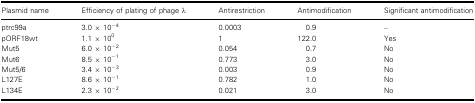
<table><thead><tr><td><b>Plasmid name</b></td><td><b>Efficiency of plating of phage λ</b></td><td><b>Antirestriction</b></td><td><b>Antimodification</b></td><td><b>Significant antimodification</b></td></tr></thead><tbody><tr><td>ptrc99a</td><td>3.0 × 10<sup>−4</sup></td><td>0.0003</td><td>0.9</td><td>–</td></tr><tr><td>pORF18wt</td><td>1.1 × 10<sup>0</sup></td><td>1</td><td>122.0</td><td>Yes</td></tr><tr><td>Mut5</td><td>6.0 × 10<sup>−2</sup></td><td>0.054</td><td>0.7</td><td>No</td></tr><tr><td>Mut6</td><td>8.5 × 10<sup>−1</sup></td><td>0.773</td><td>3.0</td><td>No</td></tr><tr><td>Mut5/6</td><td>3.4 × 10<sup>−3</sup></td><td>0.003</td><td>0.9</td><td>No</td></tr><tr><td>L127E</td><td>8.6 × 10<sup>−1</sup></td><td>0.782</td><td>1.0</td><td>No</td></tr><tr><td>L134E</td><td>2.3 × 10<sup>−2</sup></td><td>0.021</td><td>3.0</td><td>No</td></tr></tbody></table>